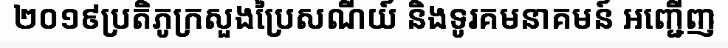
២០១៩ប្រតិភូក្រសួងប្រៃសណីយ៍ និងទូរគមនាគមន៍ អញ្ជើញ